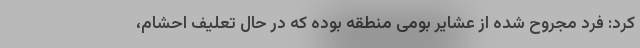
کرد: فرد مجروح شده از عشایر بومی منطقه بوده که در حال تعلیف احشام،